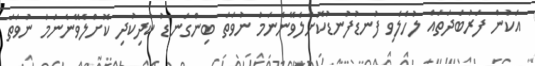
އަކުން ފަރުބަދަތައް ލުހެލެވި ފުނޑުފުނޑުކޮށްލެވޭނެނަމަ ނުވަތަ ބިންގަނޑު ކުދިކުދި ކޮށްލެވޭނެނަމަ ނުވަތަ